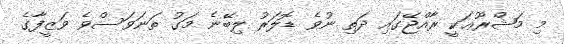
މި މަޝްރޫޢަކީ ރާއްޖޭގައި ދަތި ނުވެ ޑޮލަރު ލިބޭނެ މަގު ތަނަވަސްވެ ވަޒީފާގެ